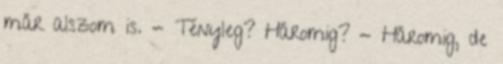
már alszom is. - Tényleg? Háromig? - Háromig, de